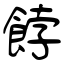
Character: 餑